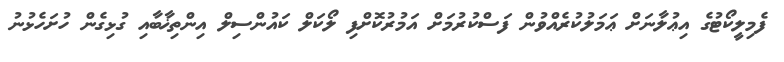
ފެމިލީކޯޓުގެ އިޢުލާނަށް ޢަމަލުކުރެއްވުން ފަސްކުރުމަށް އަމުރުކޮށްފި ލޯކަލް ކައުންސިލް އިންތިޚާބާއި ގުޅިގެން ހުށަހެޅުނު